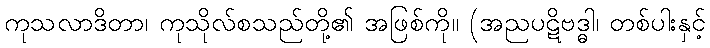
ကုသလာဒိတာ၊ ကုသိုလ်စသည်တို့၏ အဖြစ်ကို။ (အညပဋိဗဒ္ဓါ၊ တစ်ပါးနှင့်